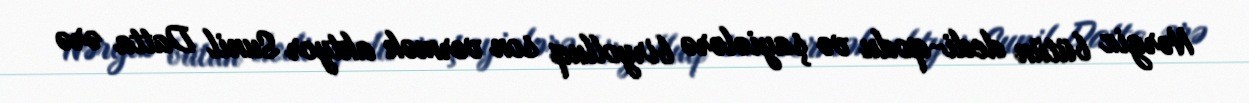
Nərgiz bütün dedi-qodu və şayiələrə biryolluq son vermək aktyor Sunil Datta ərə